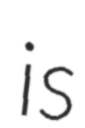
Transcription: is